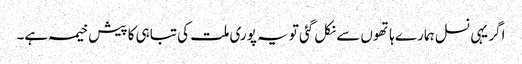
اگر یہی نسل ہمارے ہاتھوں سے نکل گئی تو یہ پوری ملت کی تباہی کا پیش خیمہ ہے۔